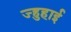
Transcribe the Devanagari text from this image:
ज्हुहाई